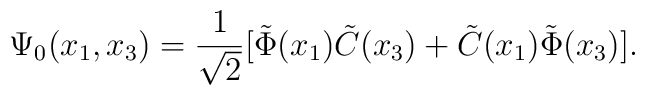
\Psi_0(x_1,x_3)=\frac{1}{\sqrt{2}}[\tilde{\Phi}(x_1)\tilde{C}(x_3)+\tilde{C}(x_1)\tilde{\Phi}(x_3)].